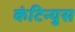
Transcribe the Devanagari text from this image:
कंटिन्युस